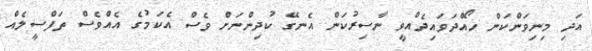
އަދި މިނިވަންކަން ހޯއްދަވައިދެއްވީ ނާސިރުކަން އެނގޭ ކުދިންނަށް ވެސް އެކަމުގެ އެއްވެސް ތަފްސީލެއް